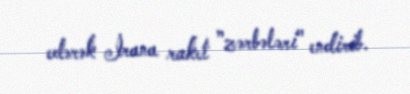
edərək İrana raket ”zərbələri" endirib.